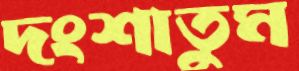
দংশাতুম